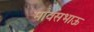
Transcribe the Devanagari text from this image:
मावसभाऊ